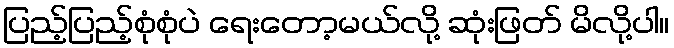
ပြည့်ပြည့်စုံစုံပဲ ရေးတော့မယ်လို့ ဆုံးဖြတ် မိလို့ပါ။